Vaccination in Burma 1912-1922 - 1912-1922
Year: 1912
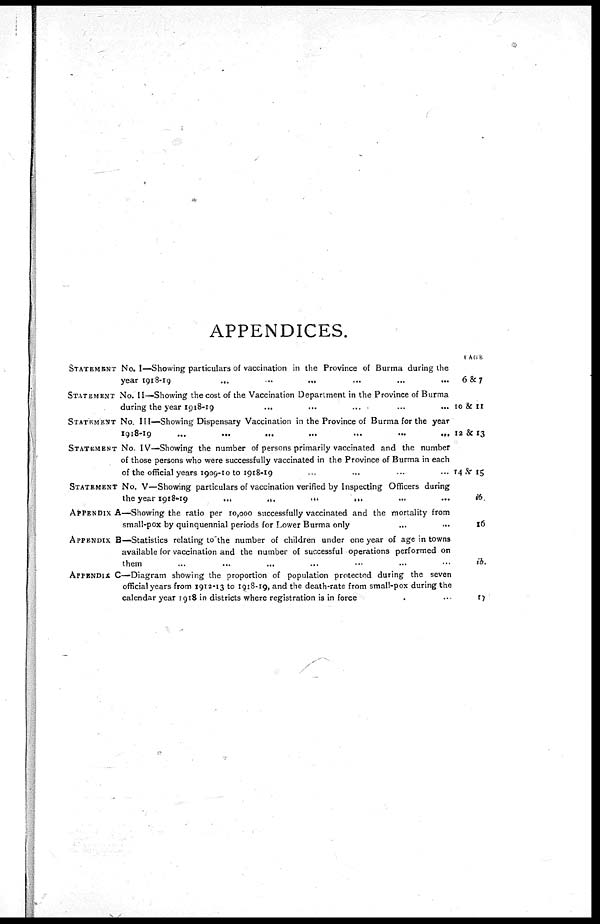
APPENDICES.
STATEMENT No. I—Showing particulars of vaccination in the Province of Burma during the
year 1918-19
...
...
... ... ... ...
STATEMENT No. II—Showing the cost of the Vaccination Department in the Province of Burma
during the year 1918-19
...
...
...
...
...
...
STATEMENT No. III—Showing Dispensary Vaccination in the Province of Burma for the year
1918-19
...
...
...
...
...
...
...
STATEMENT No. IV—Showing the number of persons primarily vaccinated and the number
of those persons who were successfully vaccinated in the Province of Burma in each
of the official years 1909-10 to 1918-19 ... ... ... ...
STATEMENT No. V—Showing particulars of vaccination verified by Inspecting Officers during
the year 1918-19
...
...
...
...
...
...
...
APPENDIX A—Showing the ratio per 10,000 successfully vaccinated and the mortality from
small-pox by quinquennial periods for Lower Burma only ... ...
APPENDIX B—Statistics relating to'the number of children under one year of age in towns
available for vaccination and the number of successful operations performed on
them ... ... ... ... ... ... ...
APPENDIX C—Diagram showing the proportion of population protected during the seven
official years from 1912-13 to 1918-19, and the death-rate from small-pox during the
calendar year 1918 in districts where registration is in force ...
PAGE
6&7
10 & 11
12 & 13
14 & 15
ib
16
ib.
17